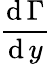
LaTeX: \frac{\operatorname{d}\Gamma}{\operatorname{d}y}